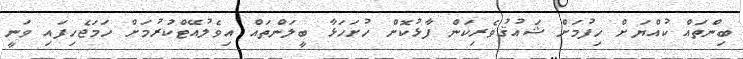
ބިންތައް ކުއްޔަށް ހިފުމަށް ޝައުޤުވެރިކަން ފާޅުކޮށް ހުށަހަޅާ ބީލަންތައް އިވެލުއޭޓްކުރުމަށް ހަމަޖެހިފައި ވަނީ